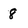
Character: 8